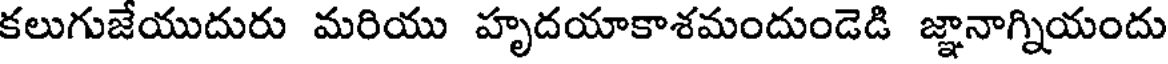
కలుగుజేయుదురు మరియు హృదయాకాశమందుండెడి జ్ఞానాగ్నియందు